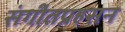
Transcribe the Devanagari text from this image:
संगीतप्रहसन